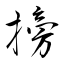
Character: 搒